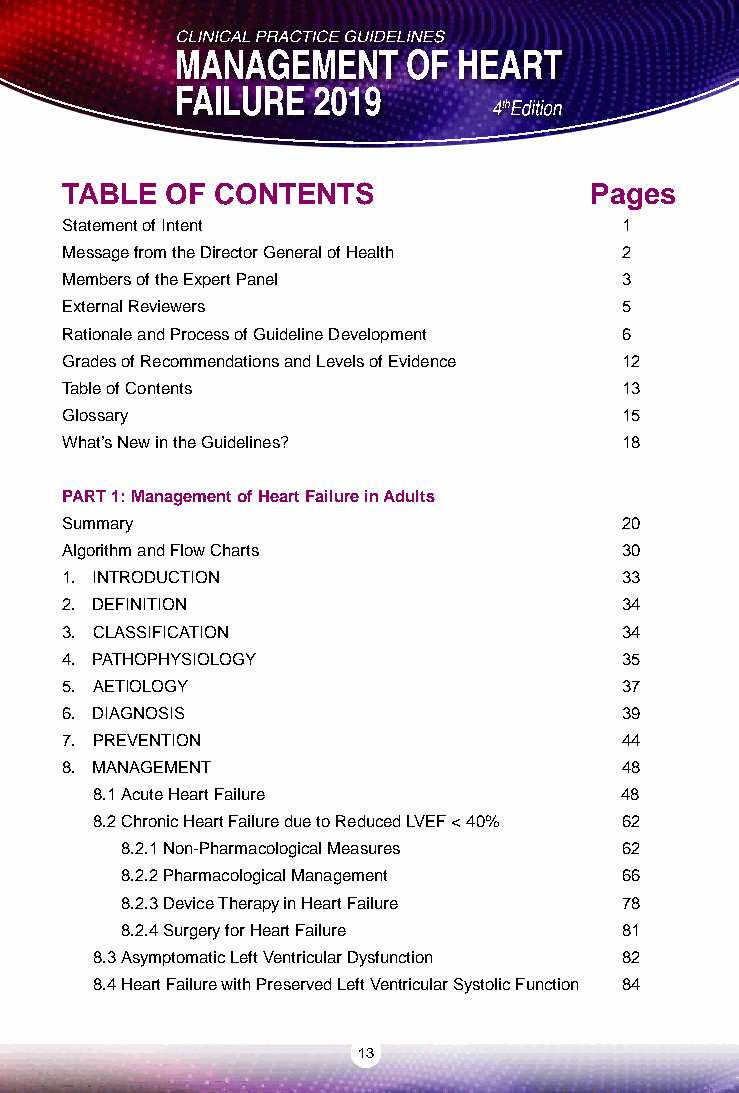
TABLE  OF CONTENTS                 Pages
 Statement of Intent                  1
 Message from the Director General of Health 2
 Members of the Expert Panel          3
 External Reviewers                   5
 Rationale and Process of Guideline Development 6
 Grades of Recommendations and Levels of Evidence 12
 Table of Contents                    13
 Glossary                             15
 What’s New in the Guidelines?        18
 PART 1: Management of Heart Failure in Adults
 Summary                              20
 Algorithm and Flow Charts            30
 1. INTRODUCTION                      33
 2. DEFINITION                        34
 3. CLASSIFICATION                    34
 4. PATHOPHYSIOLOGY                   35
 5. AETIOLOGY                         37
 6. DIAGNOSIS                         39
 7. PREVENTION                        44
 8. MANAGEMENT                        48
 8.1 Acute Heart Failure            48
 8.2 Chronic Heart Failure due to Reduced LVEF < 40% 62
 8.2.1 Non-Pharmacological Measures 62
 8.2.2 Pharmacological Management 66
 8.2.3 Device Therapy in Heart Failure 78
 8.2.4 Surgery for Heart Failure  81
 8.3 Asymptomatic Left Ventricular Dysfunction 82
 8.4 Heart Failure with Preserved Left Ventricular Systolic Function 84
 13